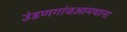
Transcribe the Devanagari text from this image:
उंडणगांवआमथाना